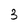
Character: 3